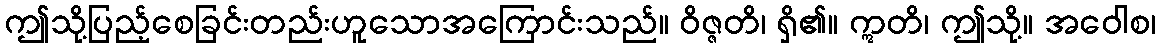
ဤသို့ပြည့်စေခြင်းတည်းဟူသောအကြောင်းသည်။ ဝိဇ္ဇတိ၊ ရှိ၏။ ဣတိ၊ ဤသို့။ အဝေါစ၊